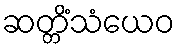
ဆတ္တိံသံယေဝ